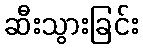
ဆီးသွားခြင်း